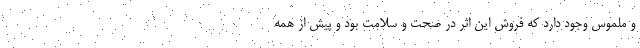
و ملموس وجود دارد که فروش این اثر در صحت و سلامت بود و پیش از همه